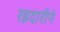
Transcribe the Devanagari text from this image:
रहदारीने